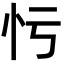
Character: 𢗃